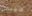
ميتس